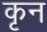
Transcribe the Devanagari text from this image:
कृन